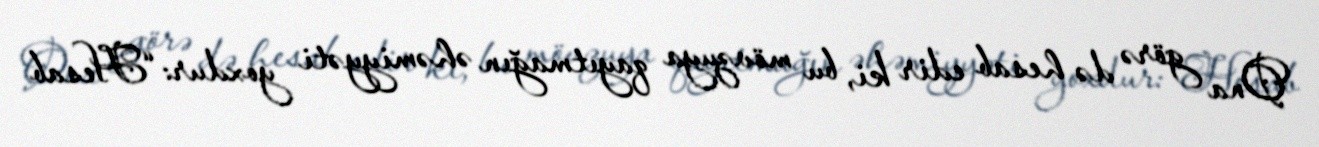
Ona görə də hesab edir ki, bu mövzuya qayıtmağın əhəmiyyəti yoxdur: “Hesab